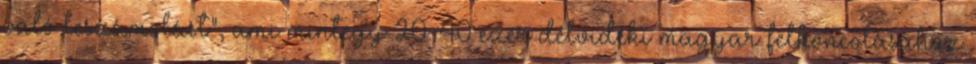
való leszámolást", ami mintegy 20-40 ezer délvidéki magyar felkoncolásához